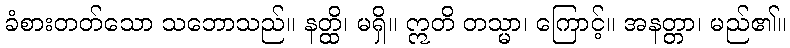
ခံစားတတ်သော သဘောသည်။ နတ္ထိ၊ မရှိ။ ဣတိ တသ္မာ၊ ကြောင့်။ အနတ္တာ၊ မည်၏။